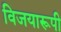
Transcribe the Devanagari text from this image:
विजयारूपी